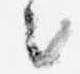
々